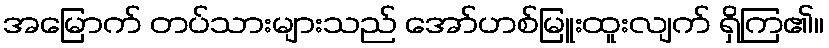
အမြောက် တပ်သားများသည် အော်ဟစ်မြူးထူးလျက် ရှိကြ၏။